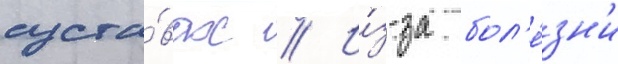
суста́вах // И́з-за бол'е́зн'и